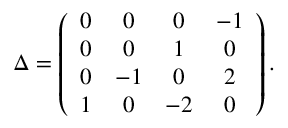
\Delta = \left( \begin{array} { c c c c } { { 0 } } & { { 0 } } & { { 0 } } & { { - 1 } } \\ { { 0 } } & { { 0 } } & { { 1 } } & { { 0 } } \\ { { 0 } } & { { - 1 } } & { { 0 } } & { { 2 } } \\ { { 1 } } & { { 0 } } & { { - 2 } } & { { 0 } } \end{array} \right) .